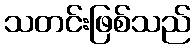
သတင်းဖြစ်သည်